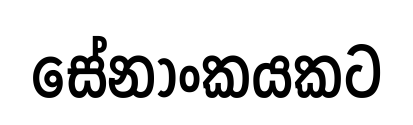
සේනාංකයකට